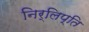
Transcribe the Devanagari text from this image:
निर्लिप्ति